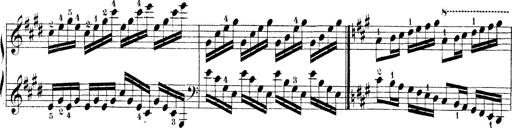
Title: Technische Studien
Composer: Franz Liszt